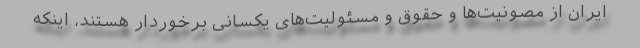
ایران از مصونیت‌ها و حقوق و مسئولیت‌های یکسانی برخوردار هستند، اینکه